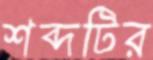
শব্দটির